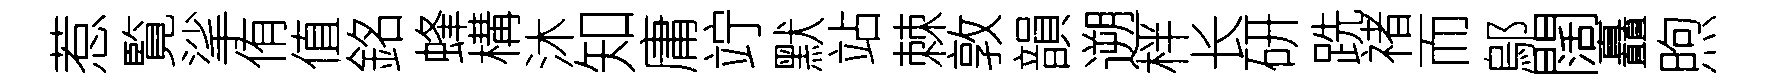
惹覧挲侑值銘蜂構沐知庸竚默站棘敦韻遡柈长研跣禇而鄔闊矗煦